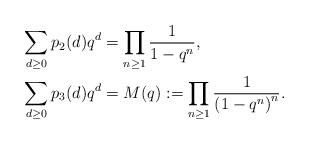
LaTeX: \begin{align*} \sum_{d\geq 0}p_2(d)q^d&=\prod_{n\geq 1}\frac{1}{1-q^n},\\ \sum_{d\geq 0}p_3(d)q^d&=M(q):=\prod_{n\geq 1}\frac{1}{\left(1-q^n\right)^n}.\end{align*}